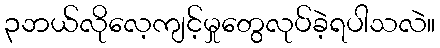
၃ဘယ်လိုလေ့ကျင့်မှုတွေလုပ်ခဲ့ရပါသလဲ။